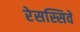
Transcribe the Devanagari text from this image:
रेसस्सिवे